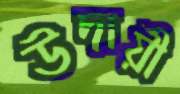
উদায়ী